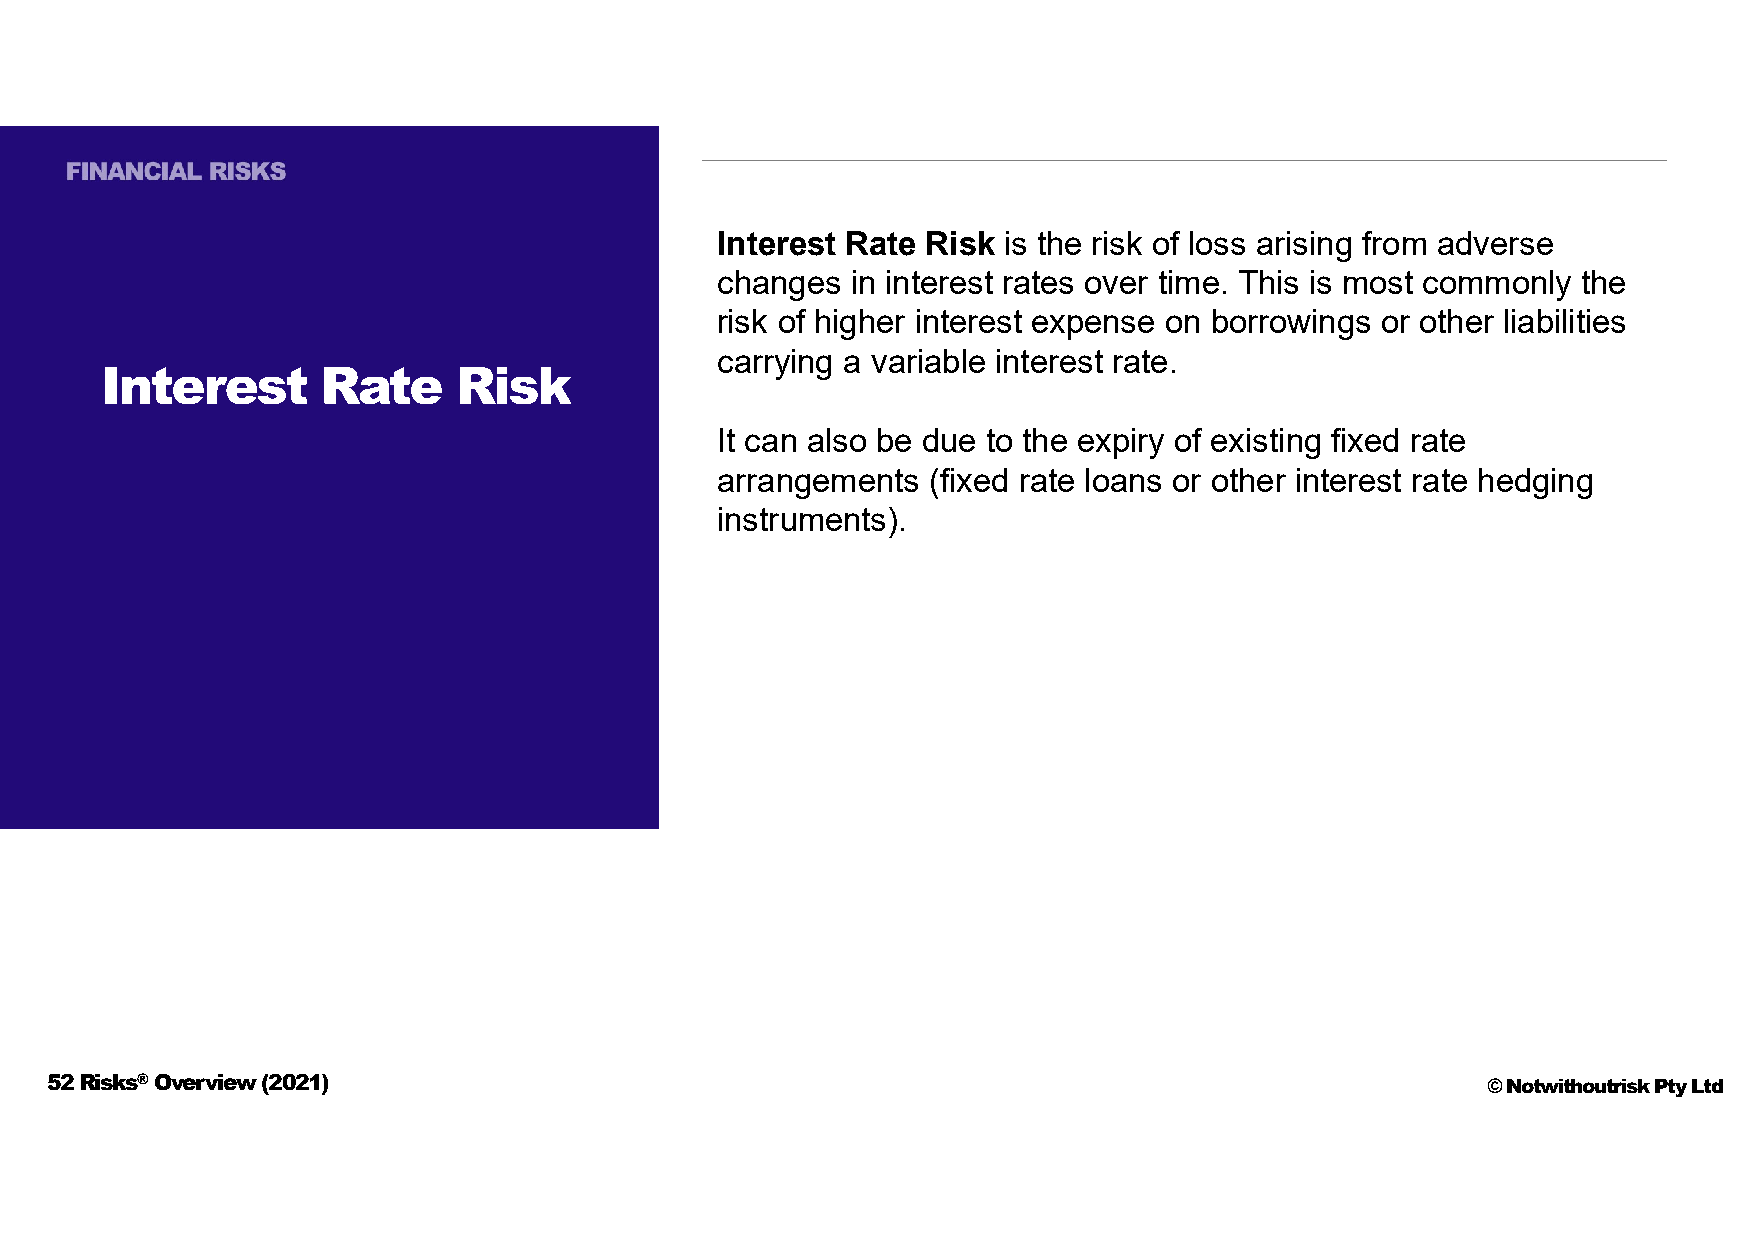
Interest Rate Risk is the risk of loss arising from adverse
 changes  in interest rates over time. This is most commonly the
 risk of higher interest expense on borrowings or other liabilities
 carrying a variable interest rate.
 Interest      Rate     Risk
 It can also be due to the expiry of existing fixed rate
 arrangements  (fixed rate loans or other interest rate hedging
 instruments).
 52 Risks®Overview (2021)                                                                       © Notwithoutrisk Pty Ltd